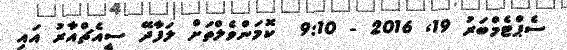
ސެޕްޓެމްބަރު 19